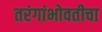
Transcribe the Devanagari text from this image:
तरंगांभोवतीचा